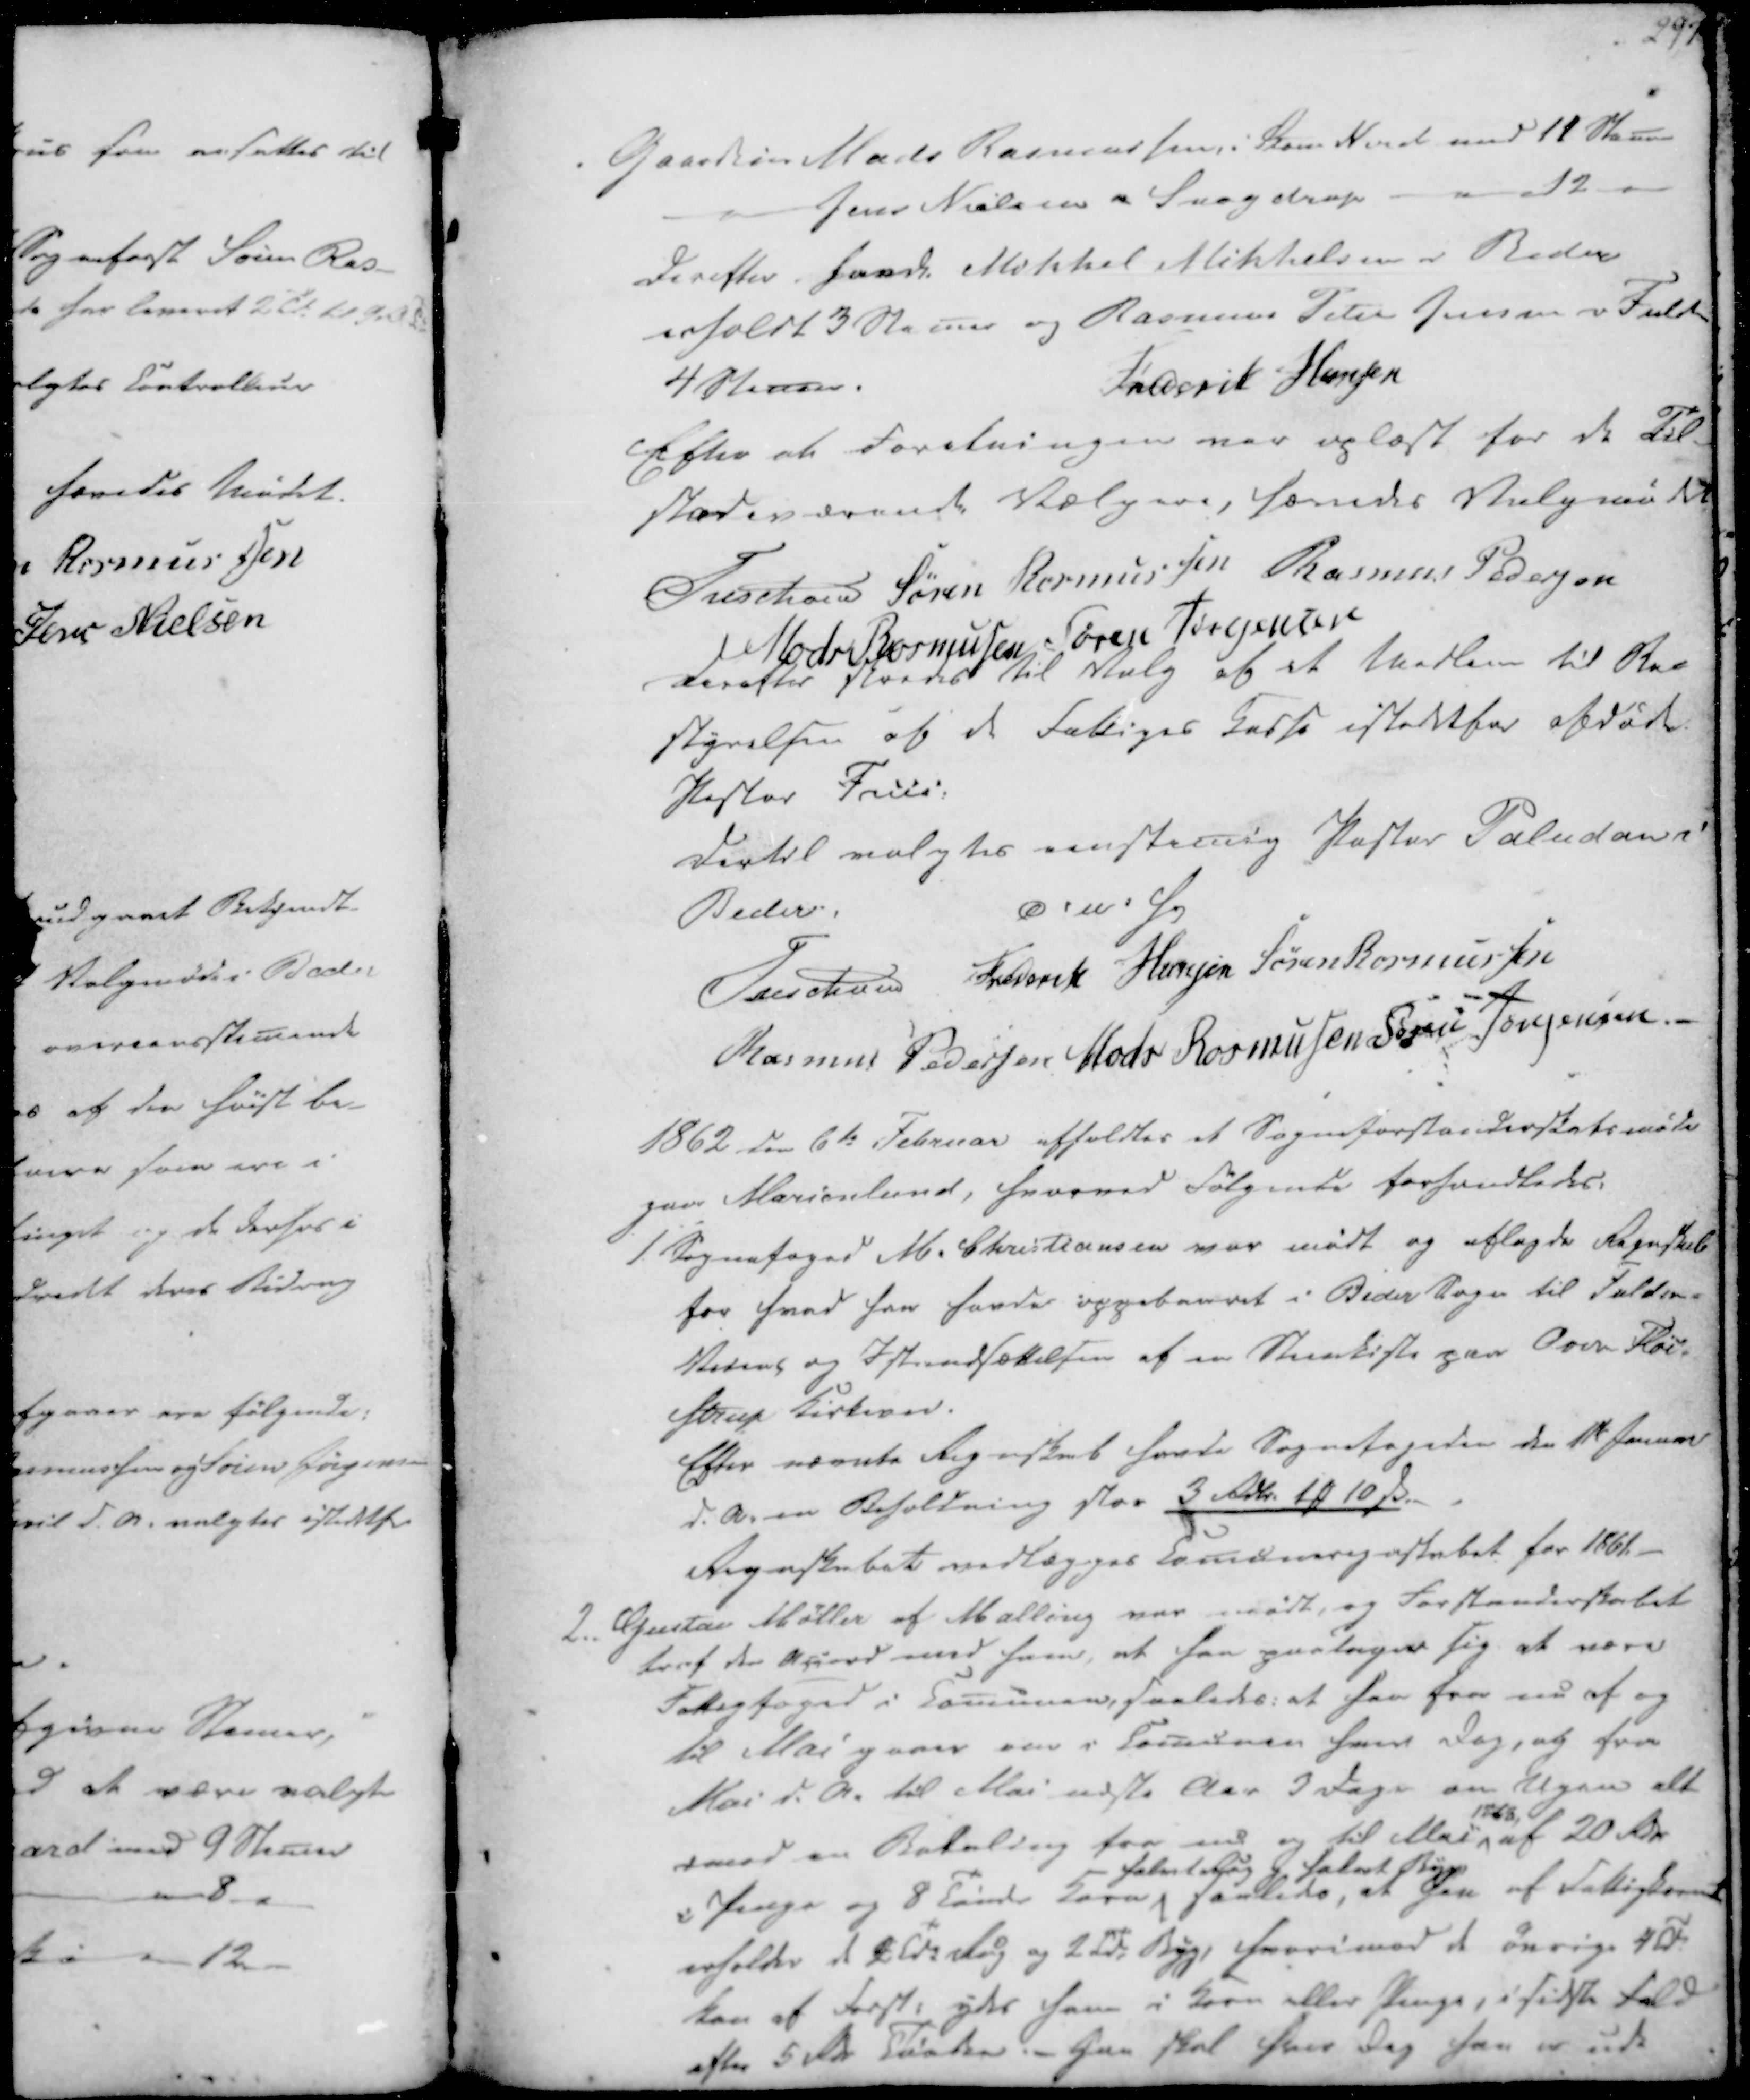
Transskription:
Gaardeier Mads Rasmussen, i Store Nord med 11 Stemer
Jens Nielsen i Snogdrup
12

Derefter havde Mikkel Mikkelsen i Beder
erholdt 3 Stemer og Rasmus Peter Jensen i Fulden
4 Stemer.
Frederik Hansen

Efter at Foretningen var oplæst for de Til-
stædeværende Vælgere, hævedes Valgmødet
Treschov
Søren Rasmussen
Rasmus Pedersen
Mads Rasmussen
Søren Jørgensen

Derefter skeedes til Valg af et Medlem til Be-
styrelsen af de Fattiges Casse istedetfor afdøde
Pastor Friis:
Dertil valgtes eenstemig Pastor Paludan i
Beder.
D. u. s.
Treschov
Frederik Hansen
Søren Rasmussen
Rasmus Pedersen
Mads Rasmussen
Søren Jørgensen

1862 den 6te Februar afholdtes et Sogneforstanderskabsmøde
paa Marienlund, hvorved Følgende forhandledes:

1. Sognefoged M. Christiansen var mødt og aflagde Regnskab
for hvad han havde oppebaaret i Beder Sogn til Fulden-
Veiene og Istandsættelsen af en Steenkiste paa Over Fløi-
strup Kirkevei.
Efter nævnte Regnskab havde Sognefogeden den 11te Januar
d.A. en Beholdning stor 3 Rdlr. 1 ₻ 10 ẞ.
Regnskabet vedlægges Comuneregnskabet for 1861.

2. Gustav Møller af Malling var mødt, og Forstanderskabet
traf den Accord med ham, at han paatager sig at være
Fattigfoged i Comunen, saaledes: at han fra nu af og
til Mai gaaer om i Comunen hver Dag, og fra
Mai d.A. til Mai næste Aar 3 Dage om Ugen alt
imod en Betaling fra nu og til Mai
1863
af 20 Rdr
i Penge og 8 Tønder Korn
halvt Rug og halvt Byg
saaledes, at han af Fattigkornet
erholder de 2 Tdr Rug og 2 Tdr Byg, hvorimod de øvrige 4 Tdr.
kan af Forst. ydes ham i Korn eller Penge, i sidste Fald
efter 5 Rdr Tønden. - Han skal hver dag han er ude